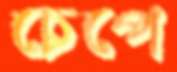
চেপে